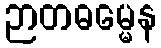
ဉာတဓမ္မေန